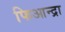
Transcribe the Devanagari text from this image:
फिआन्द्रा